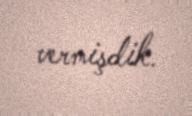
vermişdik.